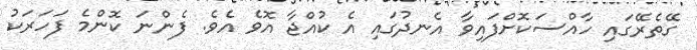
ގޭތެރޭގައި ހާއްސަކޮށްފައިވާ އެނދުގައި އެ ކުއްޖާ އޮވެ އެވެ. ފެންނަ ކޮންމެ ފަހަރަކު